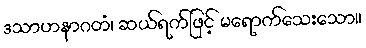
ဒသာဟနာဂတံ၊ ဆယ်ရက်ဖြင့် မရောက်သေးသော။